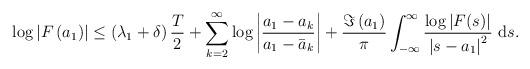
LaTeX: \begin{align*}\log \left|F\left(a_{1}\right)\right|\leq\left(\lambda_1+\delta\right)\frac{T}{2}+\sum_{k=2}^{\infty} \log \left|\frac{a_{1}-a_{k}}{a_{1}-\bar{a}_{k}}\right|+\frac{\Im\left(a_{1}\right)}{\pi} \int_{-\infty}^{\infty} \frac{\log |F(s)|}{\left|s-a_{1}\right|^{2}} \mathrm{~d}s.\end{align*}